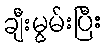
ချီးမွမ်းပြီး